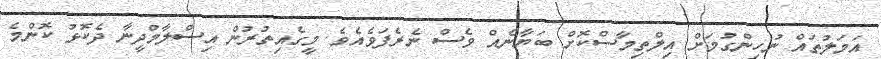
އަމަލުތައް ނުހިންގުމަށް އިލްތިމާސްކޮށް ބަޔާނެއް ވެސް ނެރެފަވެއެވެ. މީގެއިތުރުން އިސްލާމްދީނާ ދެކޮޅު ކޮންމެ